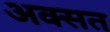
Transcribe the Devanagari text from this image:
अक्सत